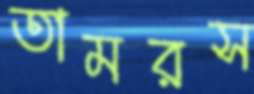
তামরস